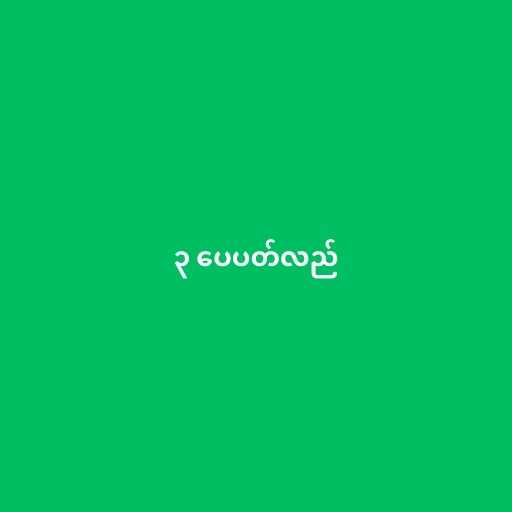
၃ ပေပတ်လည်